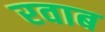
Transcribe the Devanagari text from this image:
रवाब